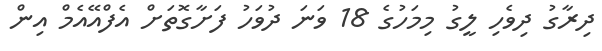
ދިރާގު ދިވެހި ލީގު މިމަހުގެ 18 ވަނަ ދުވަހު ފަށާގޮތަށް އެފްއޭއެމް އިން